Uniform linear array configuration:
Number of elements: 8
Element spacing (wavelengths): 1
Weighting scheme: cosine
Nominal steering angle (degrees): -30
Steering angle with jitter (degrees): -28.043
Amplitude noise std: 0.05
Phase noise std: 0.05

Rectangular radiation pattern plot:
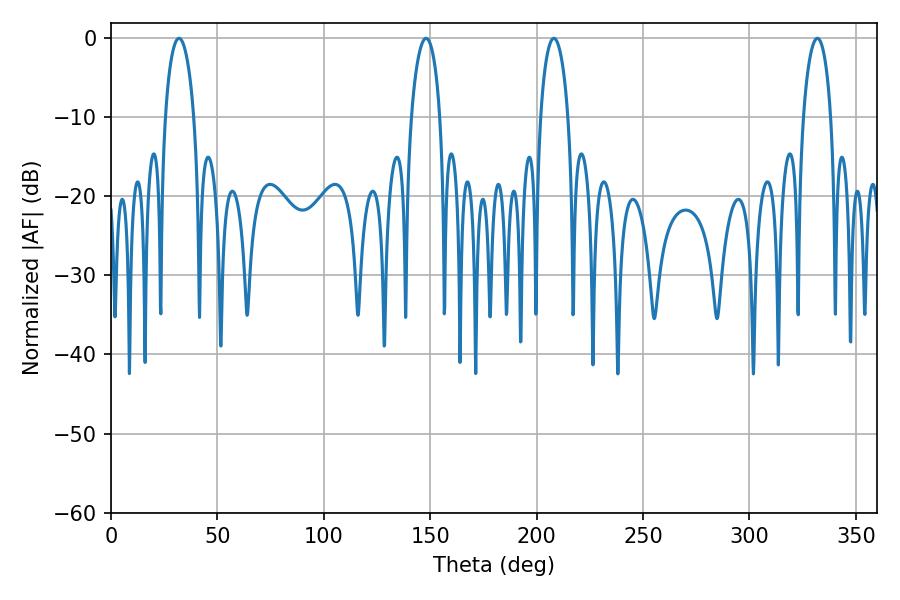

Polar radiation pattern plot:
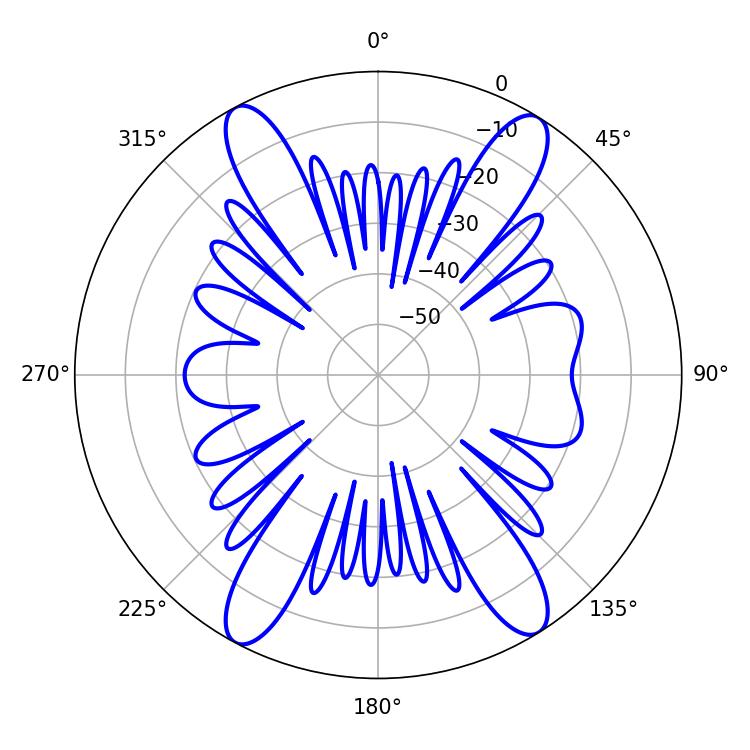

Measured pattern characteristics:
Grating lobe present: TRUE
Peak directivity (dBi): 18.868
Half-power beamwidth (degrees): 7.38
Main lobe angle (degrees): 208.08